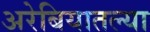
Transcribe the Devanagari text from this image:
अरेबियातल्या